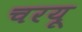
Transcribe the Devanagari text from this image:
चरयू